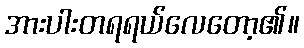
အားပါးတရရယ်လေတော့၏။